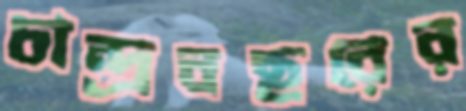
চান্দ্রবছরের